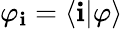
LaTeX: \varphi_{\mathbf{i}}=\langle\mathbf{i}|\varphi\rangle